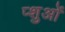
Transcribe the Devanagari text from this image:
प्शुओं